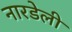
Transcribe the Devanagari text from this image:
नारडेली